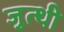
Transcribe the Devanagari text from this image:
जुत्थी